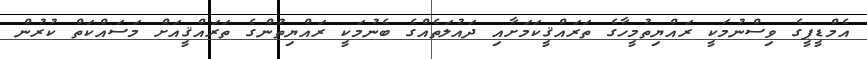
އެމްޑީޕީގެ ވިސްނުމަކީ ރައްޔިތުމީހާގެ ތަރައްޤީކަމަށާއި ދައުލަތެއްގެ ބެނުމަކީ ރައްޔިތުންގެ ތަރައްޤީއަށް މަސައްކަތް ކުރުން